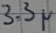
Text: 3.3µ